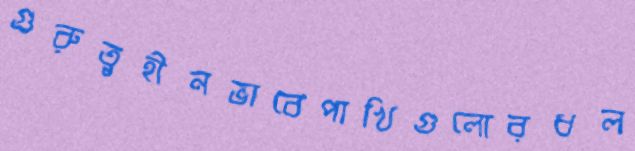
গুরুত্বহীনভাবেপাখিগুলোরধল